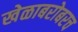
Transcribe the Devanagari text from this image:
खेळाबरोबरच